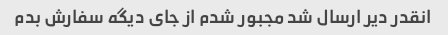
انقدر دیر ارسال شد مجبور شدم از جای دیگه سفارش بدم